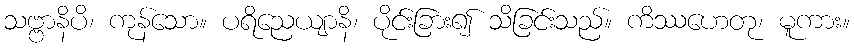
သဗ္ဗာနိပိ၊ ကုန်သော။ ပရိညေယျာနိ၊ ပိုင်းခြား၍ သိခြင်းသည်။ ကိဿဟေတု၊ မူကား။